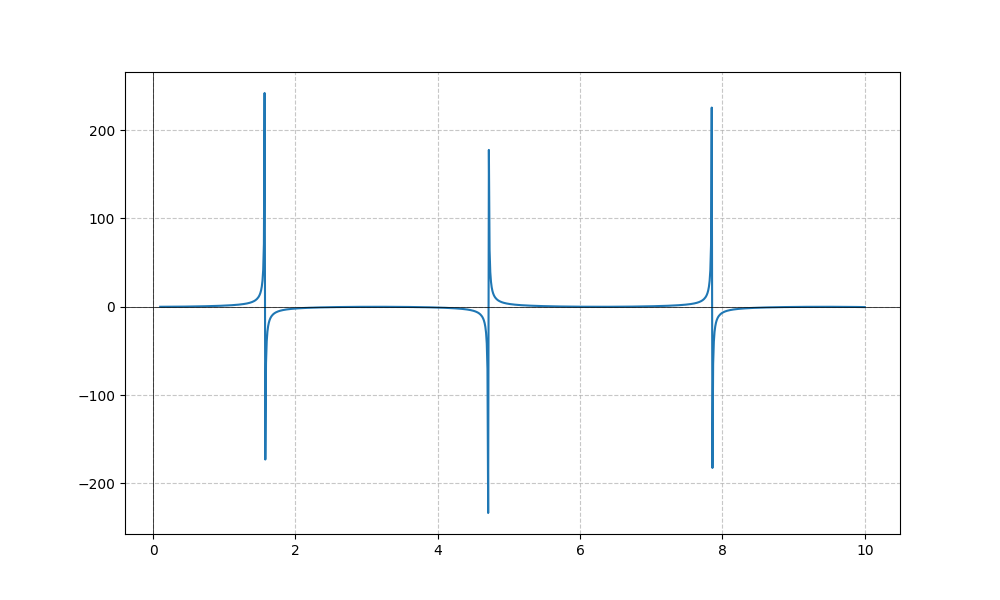
LaTeX formula: \sin{\left(x \right)} \tan{\left(x \right)}